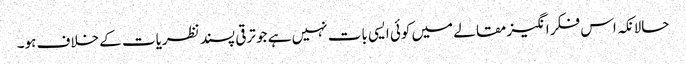
حالانکہ اس فکر انگیز مقالے میں کوئی ایسی بات نہیں ہے جو ترقی پسند نظریات کے خلاف ہو۔